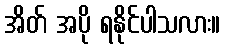
အိတ် အပို ရနိုင်ပါသလား။